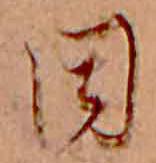
同